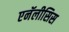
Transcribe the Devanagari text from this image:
एनॅलीसिस